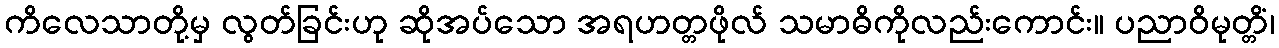
ကိလေသာတို့မှ လွတ်ခြင်းဟု ဆိုအပ်သော အရဟတ္တဖိုလ် သမာဓိကိုလည်းကောင်း။ ပညာဝိမုတ္တိံ၊